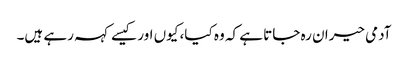
آدمی حیران رہ جاتا ہے کہ وہ کیا، کیوں اور کیسے کہہ رہے ہیں۔